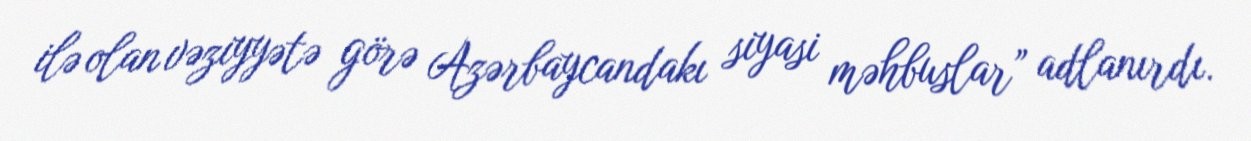
ilə olan vəziyyətə görə Azərbaycandakı siyasi məhbuslar” adlanırdı.